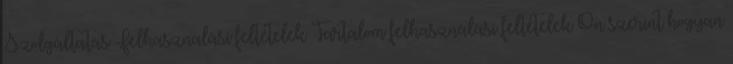
Szolgáltatás Felhasználási feltételek Tartalom felhasználási feltételek Ön szerint hogyan